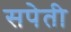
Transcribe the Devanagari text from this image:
सपेती